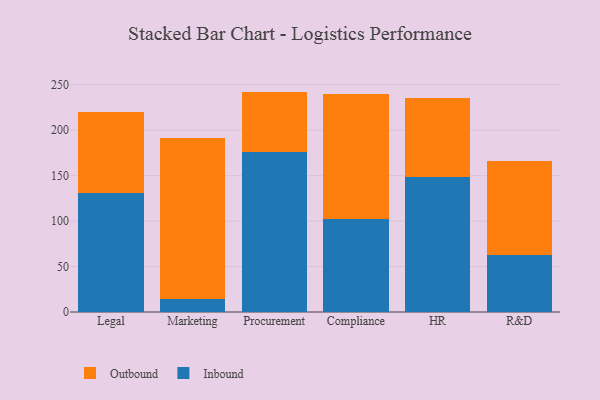
{"axis": {"x": "Department", "y": "Energy Usage (MWh)"}, "legend": ["Inbound", "Outbound"], "data": [{"x": "Legal", "y": 131.0, "type": "Inbound"}, {"x": "Legal", "y": 88.7, "type": "Outbound"}, {"x": "Marketing", "y": 14.1, "type": "Inbound"}, {"x": "Marketing", "y": 177.1, "type": "Outbound"}, {"x": "Procurement", "y": 176.5, "type": "Inbound"}, {"x": "Procurement", "y": 65.9, "type": "Outbound"}, {"x": "Compliance", "y": 102.4, "type": "Inbound"}, {"x": "Compliance", "y": 137.3, "type": "Outbound"}, {"x": "HR", "y": 148.4, "type": "Inbound"}, {"x": "HR", "y": 87.2, "type": "Outbound"}, {"x": "R&D", "y": 63.0, "type": "Inbound"}, {"x": "R&D", "y": 102.8, "type": "Outbound"}]}